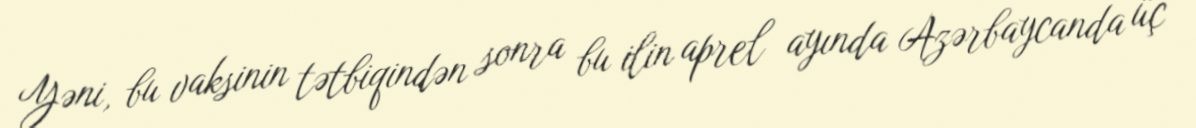
Yəni, bu vaksinin tətbiqindən sonra bu ilin aprel ayında Azərbaycanda üç